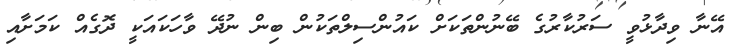
އޭނާ ވިދާޅުވީ ސަރުކާރުގެ ބޭނުންތަކަށް ކައުންސިލްތަކުން ބިން ނުދޭ ވާހަކައަކީ ދޮގެއް ކަމަށާއި